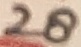
Text: 28